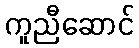
ကူညီဆောင်